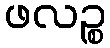
ဖလဉ္စ